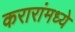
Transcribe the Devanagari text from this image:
करारांमध्ये